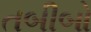
તબીબો